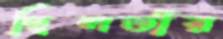
ছিলতাঁর